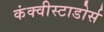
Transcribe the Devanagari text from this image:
कंक्वीस्टाडोर्स